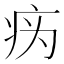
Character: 𰣦